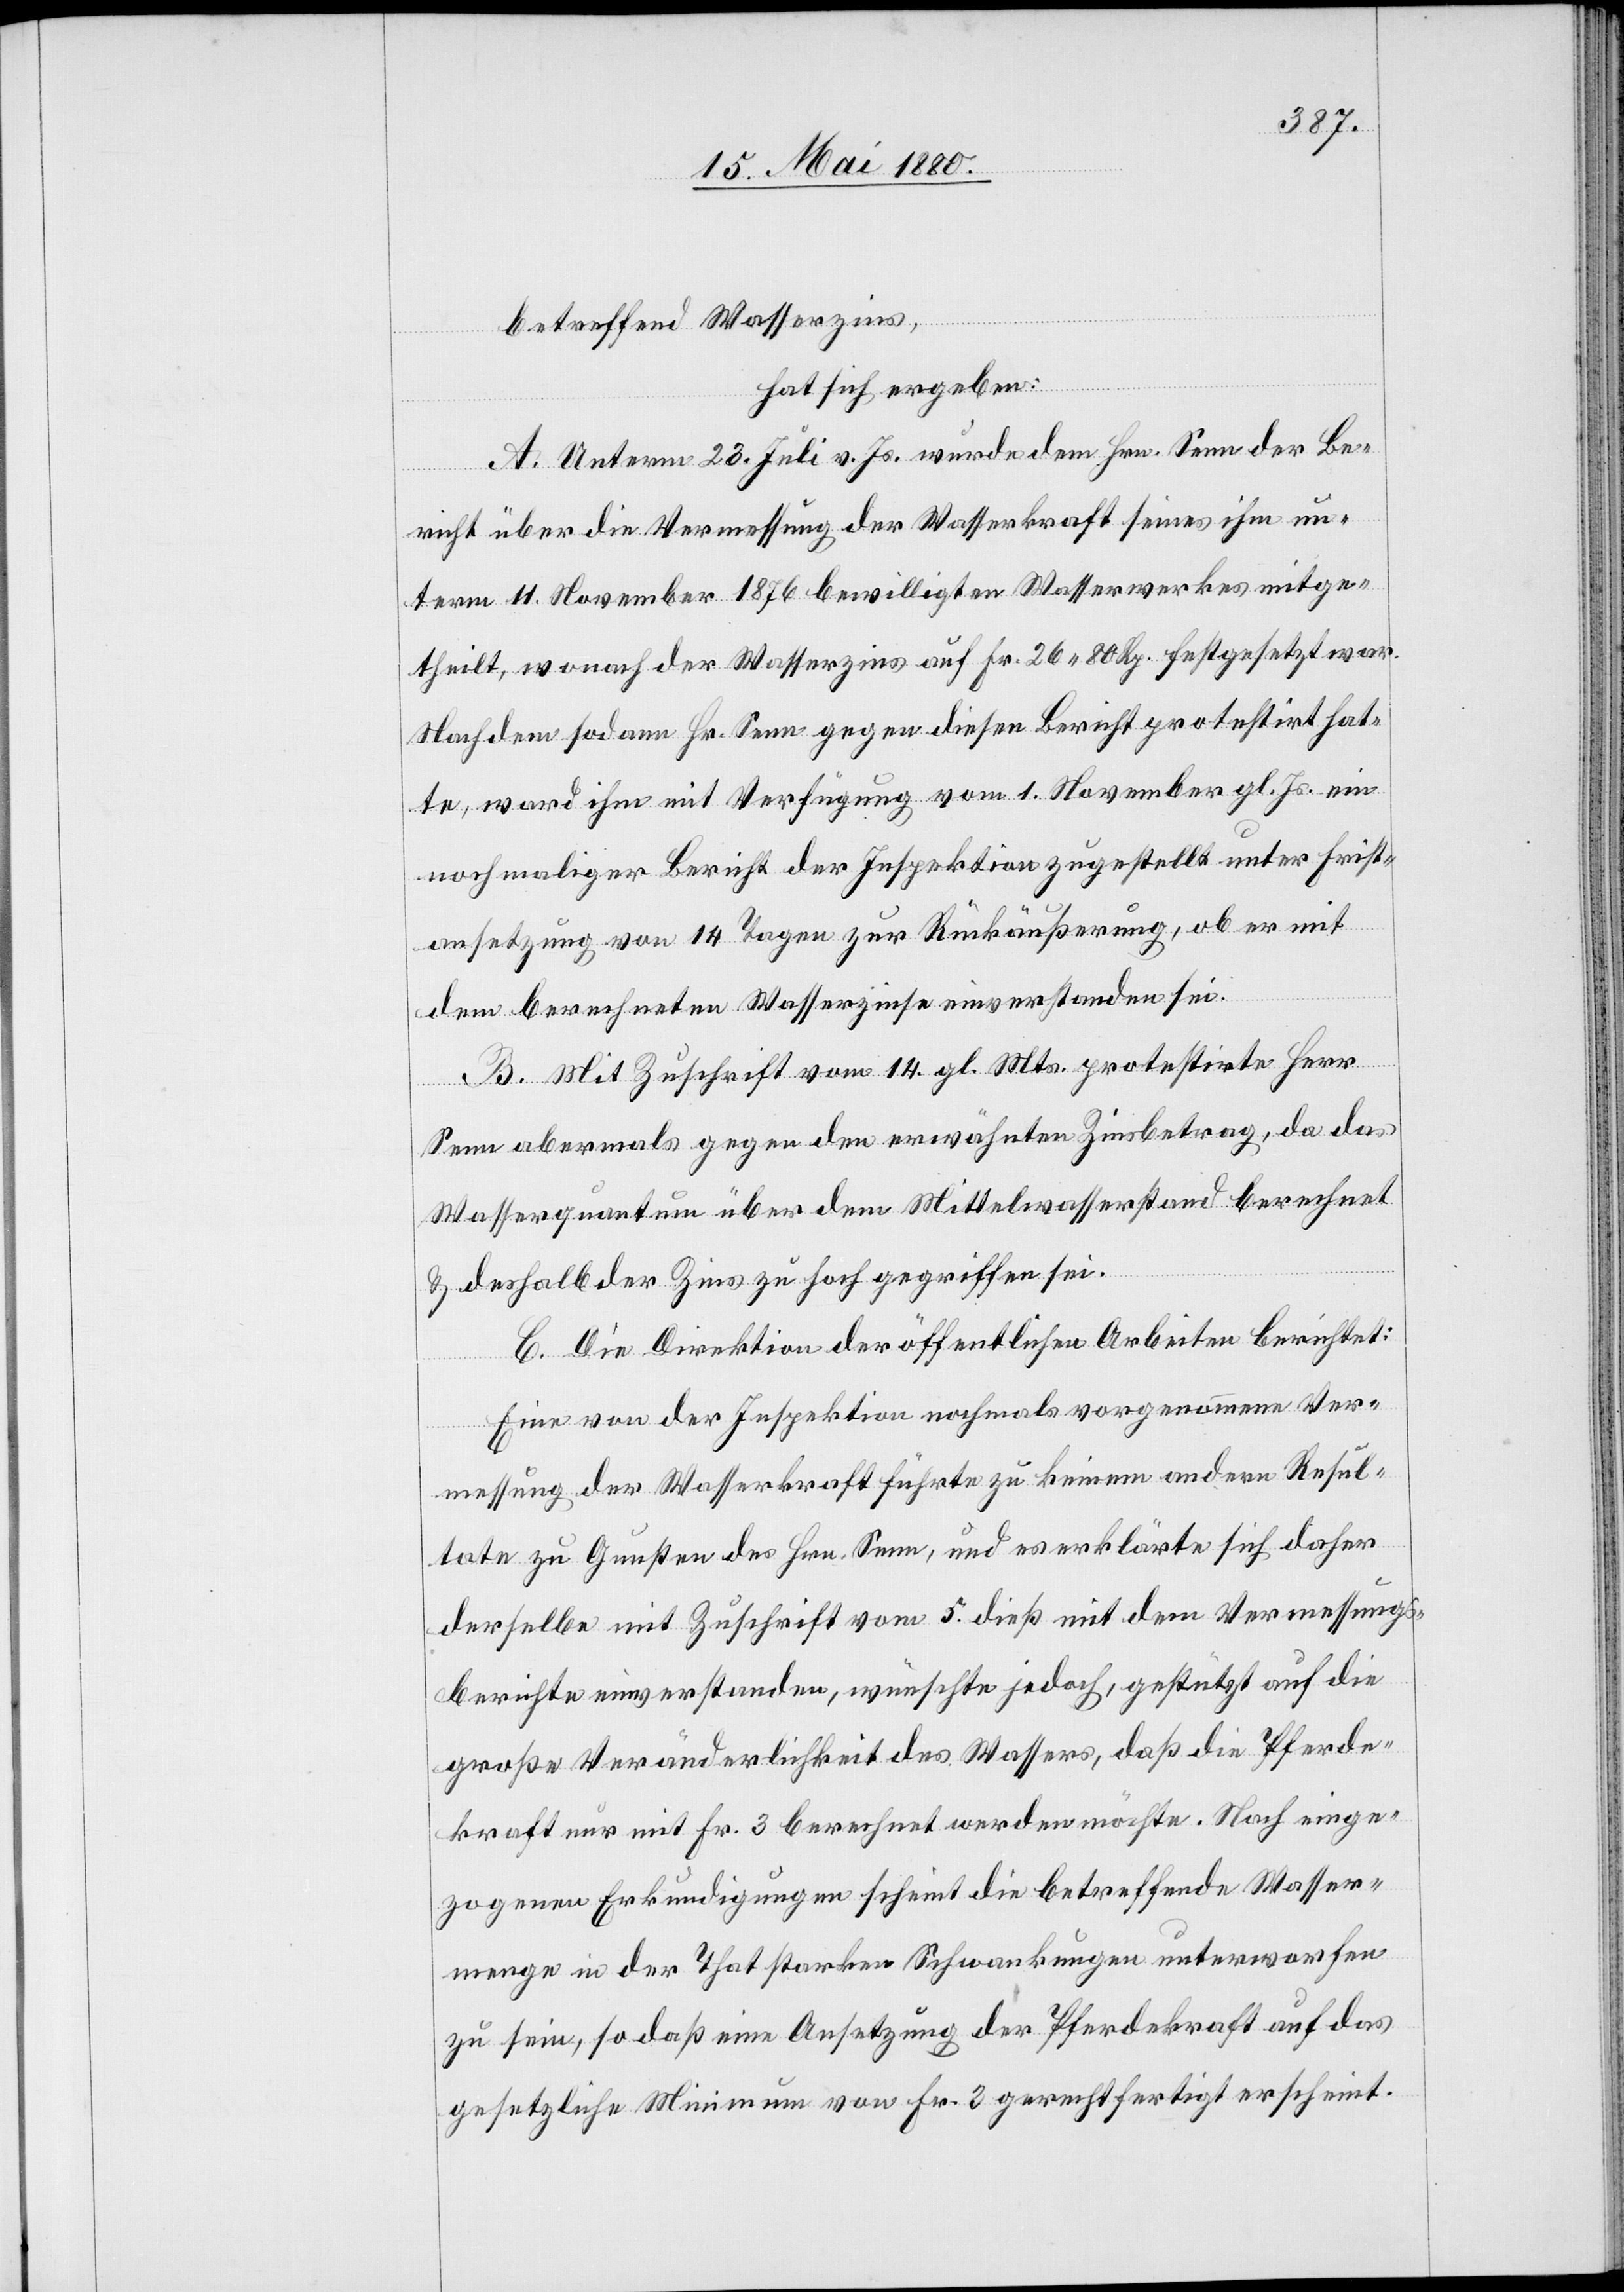
betreffend Wasserzins,
hat sich ergeben:
A. Unterm 23. Juli v. Js. wurde dem Hrn. Senn der Be¬
richt über die Vermessung der Wasserkraft seines ihm un¬
term 11. November 1876 bewilligten Wasserwerkes mitge¬
theilt, wonach der Wasserzins auf Fr. 26. 80 Rp. festgesetzt war.
Nachdem sodann Hr. Senn gegen diesen Bericht protestirt hat¬
te, ward ihm mit Verfügung vom 1. November gl. Js. ein
nochmaliger Bericht der Inspektion zugestellt unter Frist¬
ansetzung von 14 Tagen zur Rückäußerung, ob er mit
dem berechneten Wasserzinse einverstanden sei.
B. Mit Zuschrift vom 14. gl. Mts. protestirte Herr
Senn abermals gegen den erwähnten Zinsbetrag, da das
Wasserquantum über dem Mittelwasserstand berechnet
& deshalb der Zins zu hoch gegriffen sei.
C. Die Direktion der öffentlichen Arbeiten berichtet:
Eine von der Inspektion nochmals vorgenommene Ver¬
messung der Wasserkraft führte zu keinem anderen Resul¬
tate zu Gunsten des Hrn. Senn, und erklärte sich daher
derselbe mit Zuschrift vom 5. dieß mit dem Vermessungs¬
berichte einverstanden, wünschte jedoch, gestützt auf die
große Veränderlichkeit des Wassers, daß die Pferde¬
kraft nur mit Fr. 3 berechnet werden möchte. Nach einge¬
zogenen Erkundigungen scheint die betreffende Wasser¬
menge in der That starken Schwankungen unterworfen
zu sein, so daß eine Ansetzung der Pferdekraft auf das
gesetzliche Minimum von Fr. 3 gerechtfertigt erscheint.